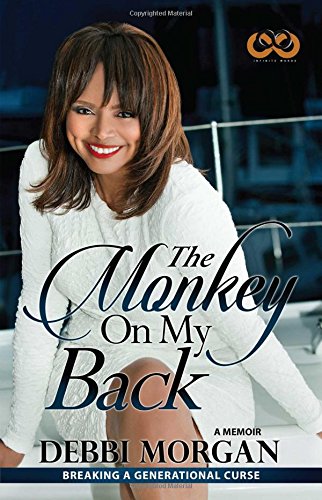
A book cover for The Monkey on My Back: A Memoir; Debbi Morgan; Parenting & Relationships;